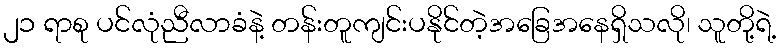
၂၁ ရာစု ပင်လုံညီလာခံနဲ့ တန်းတူကျင်းပနိုင်တဲ့အခြေအနေရှိသလို၊ သူတို့ရဲ့